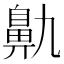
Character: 鼽